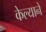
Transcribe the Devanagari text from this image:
केल्यानें